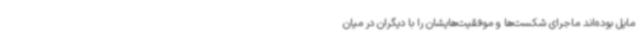
مایل بوده‌اند ماجرای شکست‌ها و موفقیت‌هایشان را با دیگران در میان